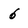
Character: 6